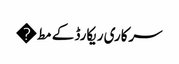
سرکاری ریکارڈ کے مط�